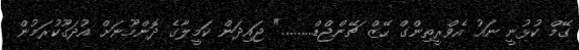
ގޭމް ކުޅުނީ ނައު އެވްރީތިންގް ހޭޒް ޗޭންޖްޑް........." ޖައިދަން ކަމީލާގެ ދޮންމޫނަށް އުދަގޫކުރަމުން